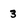
Character: 3